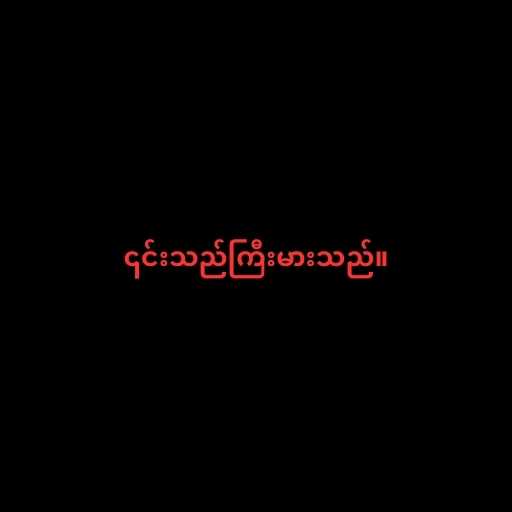
၎င်းသည်ကြီးမားသည်။